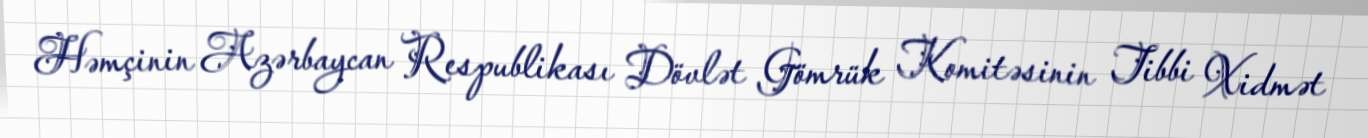
Həmçinin Azərbaycan Respublikası Dövlət Gömrük Komitəsinin Tibbi Xidmət